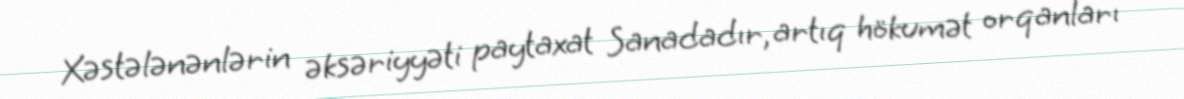
Xəstələnənlərin əksəriyyəti paytaxat Sanadadır, artıq hökumət orqanları